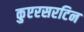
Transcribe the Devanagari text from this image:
कुएरसरटिन